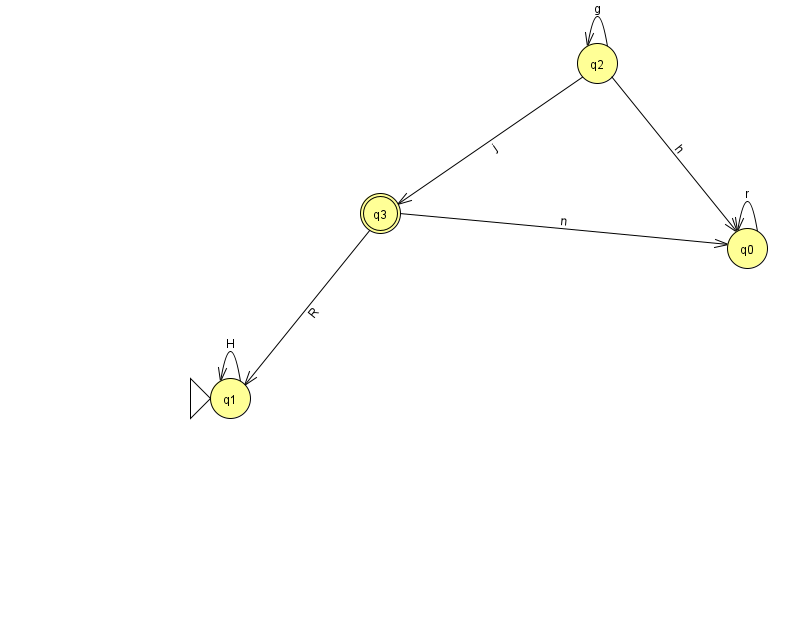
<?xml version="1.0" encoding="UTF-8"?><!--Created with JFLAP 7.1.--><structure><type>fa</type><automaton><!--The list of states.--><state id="0" name="q0"><x>747.0</x><y>235.0</y></state><state id="1" name="q1"><x>230.0</x><y>385.0</y><initial/></state><state id="2" name="q2"><x>597.0</x><y>50.0</y></state><state id="3" name="q3"><x>380.0</x><y>200.0</y><final/></state><!--The list of transitions.--><transition><from>0</from><to>0</to><read>r</read></transition><transition><from>2</from><to>2</to><read>g</read></transition><transition><from>1</from><to>1</to><read>H</read></transition><transition><from>3</from><to>1</to><read>R</read></transition><transition><from>3</from><to>0</to><read>n</read></transition><transition><from>2</from><to>0</to><read>h</read></transition><transition><from>2</from><to>3</to><read>j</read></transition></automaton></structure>